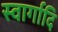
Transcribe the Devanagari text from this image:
स्वार्गादि